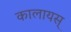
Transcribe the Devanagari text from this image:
कालायस्